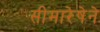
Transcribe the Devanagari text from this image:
सीमारेषेने